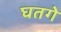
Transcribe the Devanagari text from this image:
घतगे